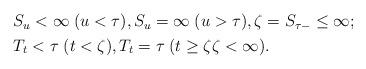
LaTeX: \begin{align*}\begin{aligned}& S_u<\infty\; (u<\tau),S_u=\infty\; (u>\tau),\zeta=S_{\tau-}\leq \infty; \\& T_t<\tau\; (t<\zeta),T_t=\tau\; (t\geq \zeta\zeta<\infty). \end{aligned}\end{align*}